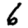
Digit: 6